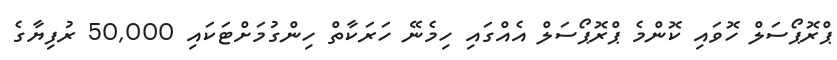
ޕްރޮޕޯސަލް ހޮވައި ކޮންމެ ޕްރޮޕޯސަލް އެއްގައި ހިމެނޭ ހަރަކާތް ހިންގުމަށްޓަކައި 50